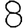
Digit: 8